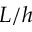
L / h